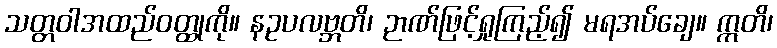
သတ္တဝါအထည်ဝတ္ထုကို။ နဥပလဗ္ဘတိ၊ ဉာဏ်ဖြင့်ရှုကြည့်၍ မရအပ်ချေ။ ဣတိ၊